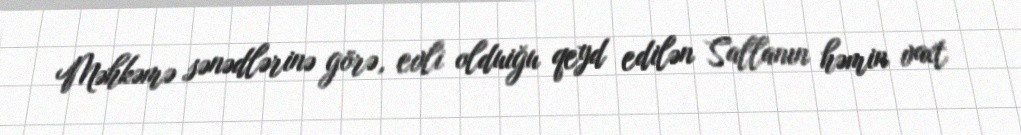
Məhkəmə sənədlərinə görə, evli olduiğu qeyd edilən Sallanın həmin vaxt